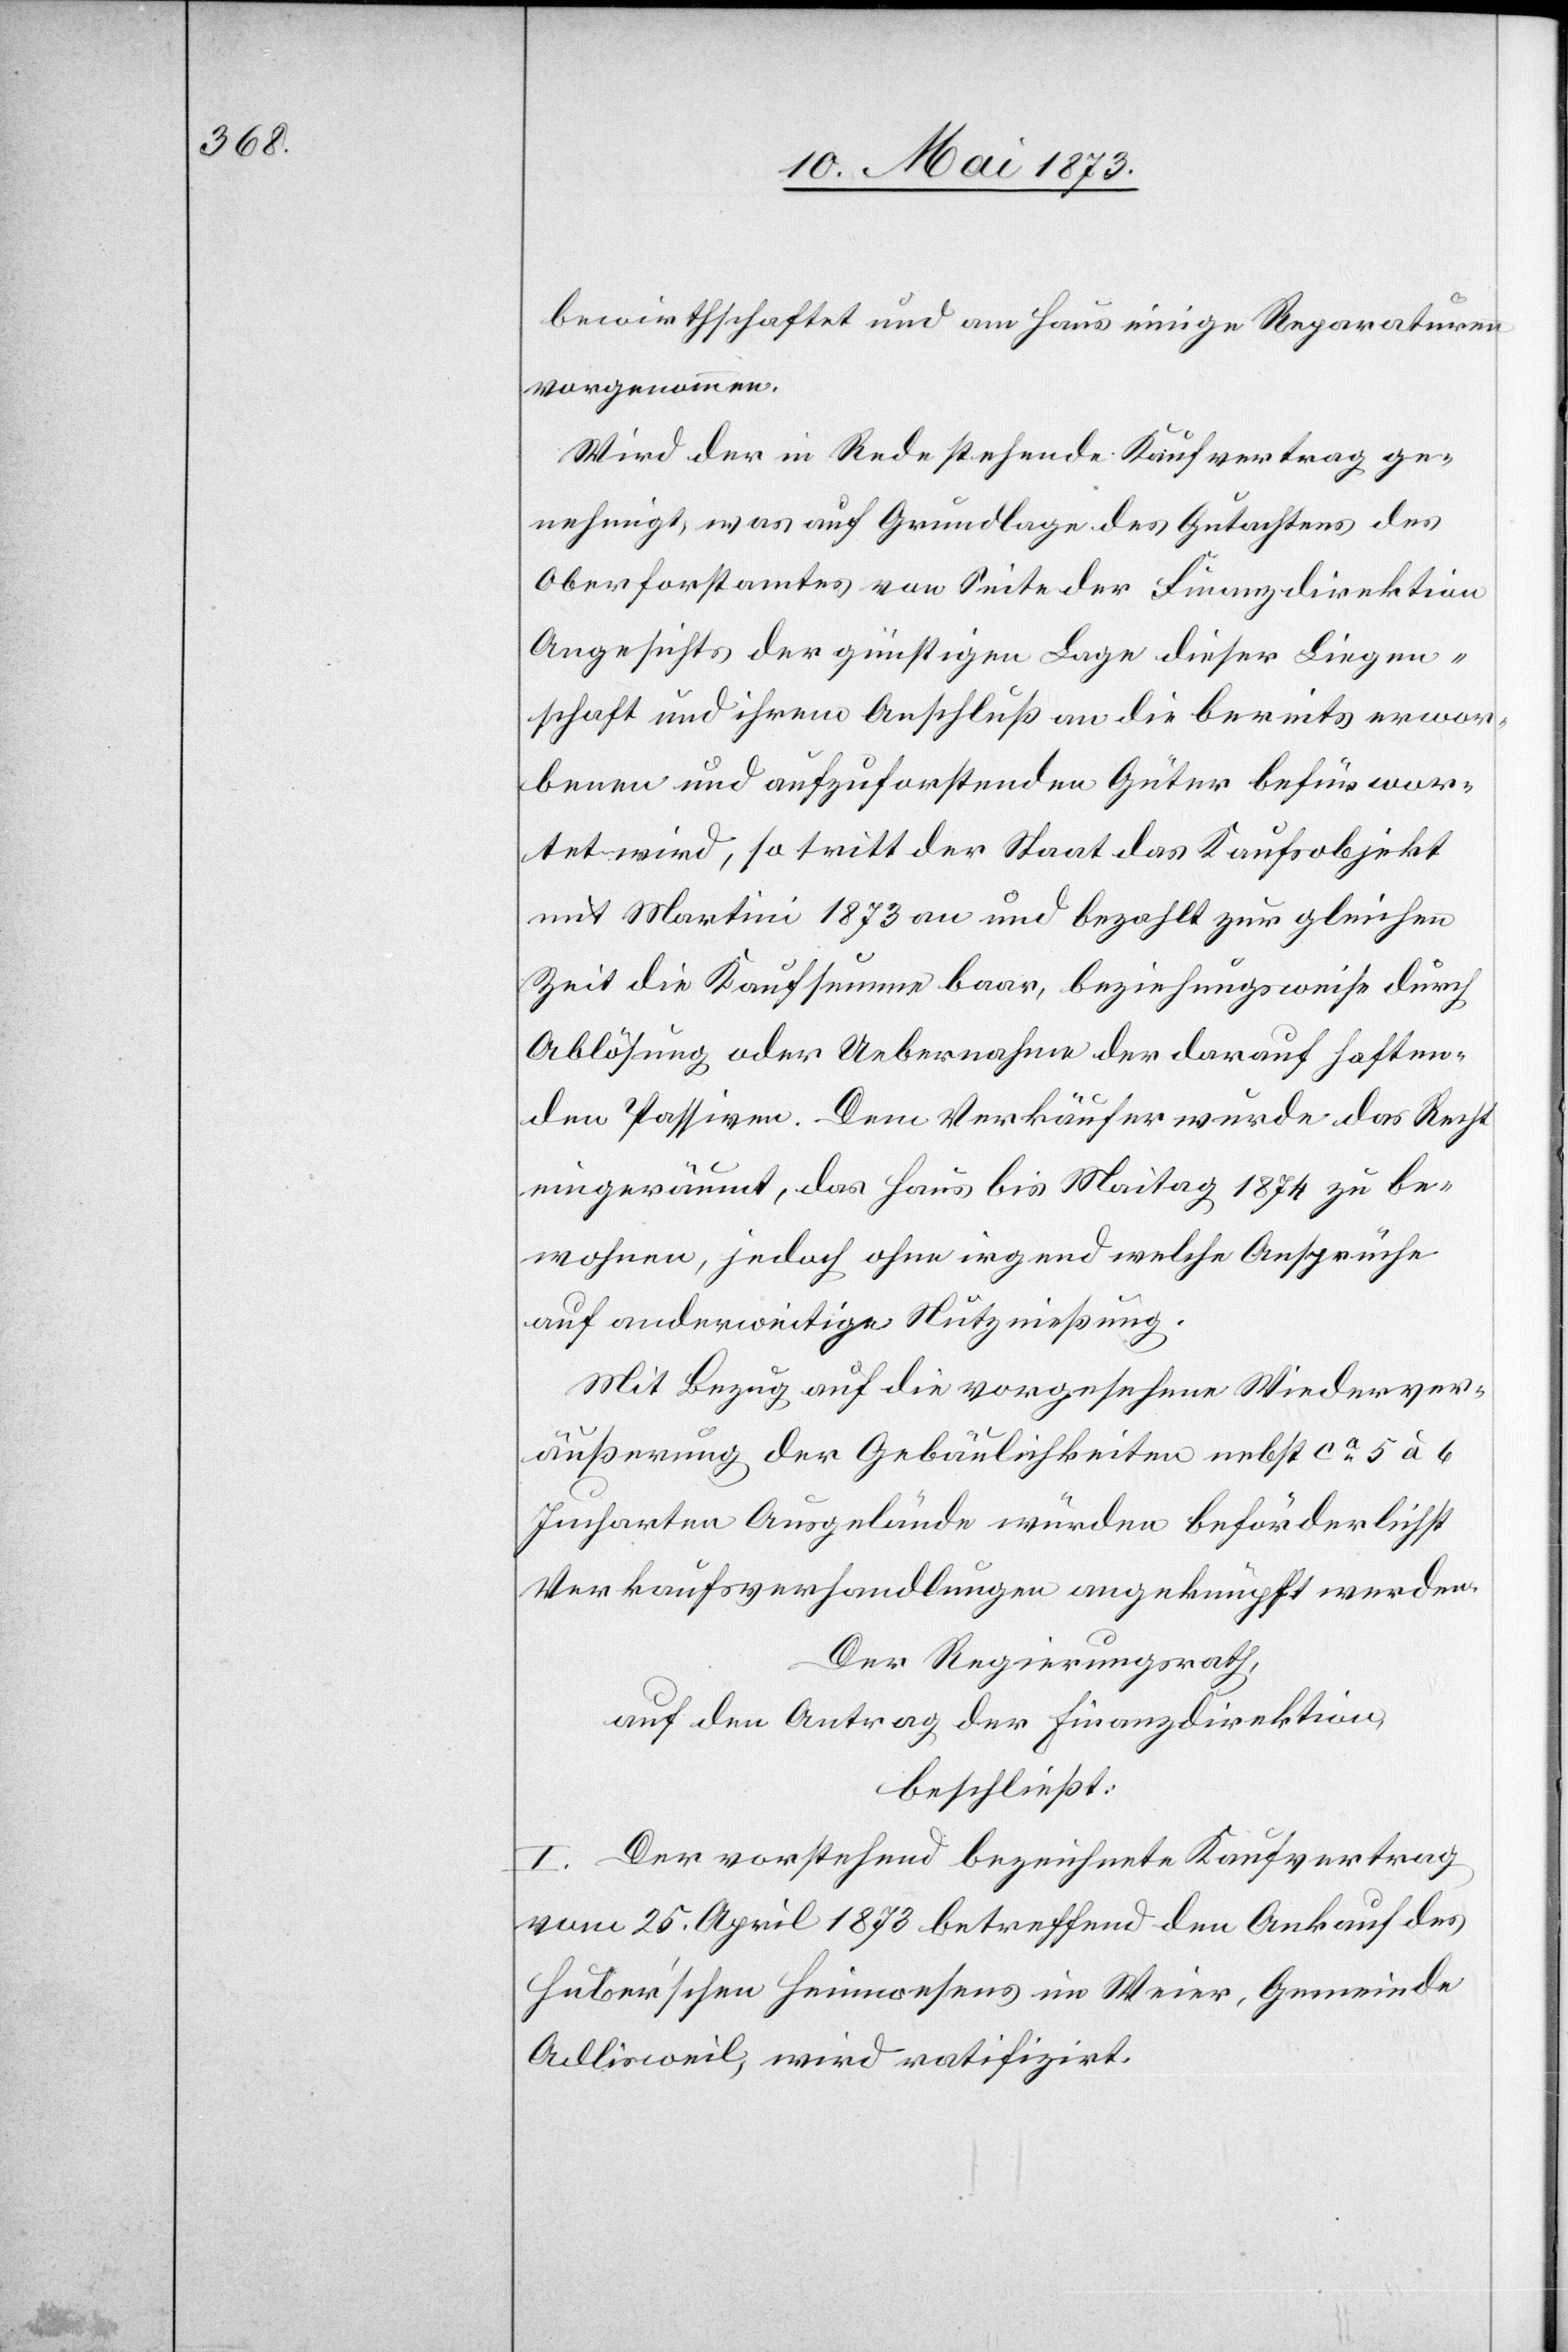
bewirthschaftet und am Haus einige Reparaturen
vorgenommen.
Wird der in Rede stehende Kaufvertrag ge¬
nehmigt, was auf Grundlage des Gutachtens des
Oberforstamtes von Seite der Finanzdirektion
Angesichts der günstigen Lage dieser Liegen¬
schaft und ihrem Anschluß an die bereits erwor¬
benen und aufzuforstenden Güter befürwor¬
tet wird, so tritt der Staat das Kaufsobjekt
mit Martini 1873 an und bezahlt zur gleichen
Zeit die Kaufsumme baar, beziehungsweise durch
Ablösung oder Uebernahme der darauf haften¬
den Passiven. Dem Verkäufer wurde das Recht
eingeräumt, das Haus bis Maitag 1874 zu be¬
wohnen, jedoch ohne irgend welche Ansprüche
auf anderweitige Nutznießung.
Mit Bezug auf die vorgesehene Wiederver¬
äußerung der Gebäulichkeiten nebst ca 5 à 6
Jucharten Ausgelände würden beförderlichst
Verkaufsverhandlungen angeknüpft werden.
Der Regierungsrath,
auf den Antrag der Finanzdirektion,
beschließt:
I. Der vorstehend bezeichnete Kaufvertrag
vom 25. April 1873 betreffend den Ankauf des
Huber’schen Heimwesens im Weier, Gemeinde
Adlisweil, wird ratifizirt.